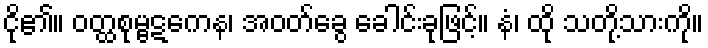
ငို၏။ ဝတ္ထစုမ္ဗဋကေန၊ အဝတ်ခွေ ခေါင်းခုဖြင့်။ နံ၊ ထို သတို့သားကို။